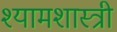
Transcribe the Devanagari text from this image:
श्यामशास्त्री